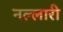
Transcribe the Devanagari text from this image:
नल्लारी